Vaccine operations Central Provinces 1886-1899 - 1886-1899
Year: 1886
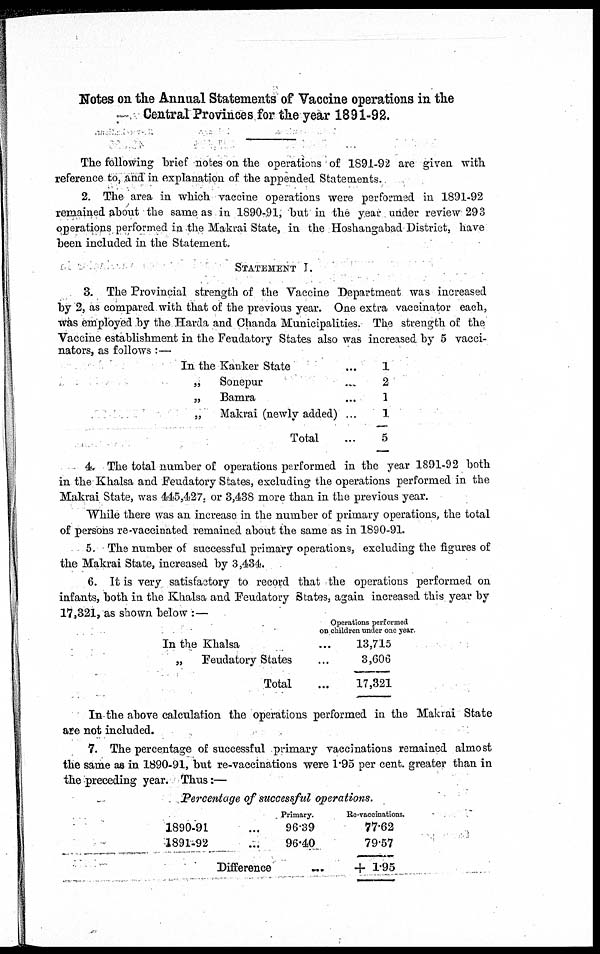
Notes on the Annual Statements of Vaccine operations in the
Central Provinces for the year 1891-92.
The following brief notes on the operations of 1891-92 are given with
reference to, and in explanation of the appended Statements.
2. The area in which vaccine operations were performed in 1891-92
remained about the same as in 1890-91, but in the year under review 293
operations performed in the Makrai State, in the Hoshangabad District, have
been included in the Statement.
STATEMENT I.
3. The Provincial strength of the Vaccine Department was increased
by 2, as compared with that of the previous year. One extra vaccinator each,
was employed by the Harda and Chanda Municipalities. The strength of the
Vaccine establishment in the Feudatory States also was increased by 5 vacci-
nators, as follows:—
In the Kanker State
„
Sonepur ...
„
Bamra ...
„
Makrai (newly added) ...
Total ...
1
2
1
1
5
4. The total number of operations performed in the year 1891-92 both
in the Khalsa and Feudatory States, excluding the operations performed in the
Makrai State, was 445,427, or 3,438 more than in the previous year.
While there was an increase in the number of primary operations, the total
of persons re-vaccinated remained about the same as in 1890-91.
5. The number of successful primary operations, excluding the figures of
the Makrai State, increased by 3,434.
6. It is very satisfactory to record that the operations performed on
infants, both in the Khalsa and Feudatory States, again increased this year by
17,321, as shown below :—
Operations performed
on children under one year.
In the Khalsa ...
„
Feudatory States ...
Total ...
13,715
3,606
17,321
In the above calculation the operations performed in the Makrai State
are not included.
7. The percentage of successful primary vaccinations remained almost
the same as in 1890-91, but re-vaccinations were 1.95 per cent. greater than in
the preceding year. Thus:—
Percentage of successful operations.
1890-91 ...
1891-92 ...
Primary.
96.39
96.40
Difference
...
Re-vaccinations.
77.62
79.57
+ 1.95